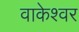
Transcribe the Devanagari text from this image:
वाकेश्वर